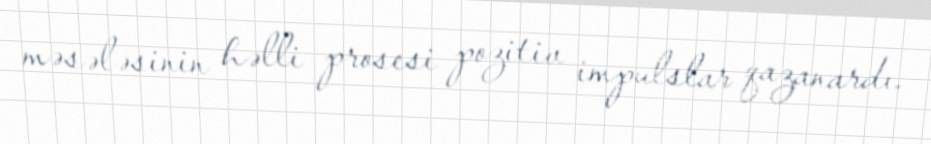
məsələsinin həlli prosesi pozitiv impulslar qazanardı.